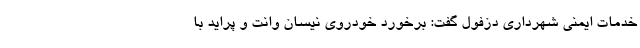
خدمات ایمنی شهرداری دزفول گفت: برخورد خودروی نیسان وانت و پراید با